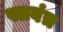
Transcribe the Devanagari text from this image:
स्तवंत्र